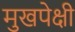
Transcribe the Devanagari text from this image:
मुखपेक्षी